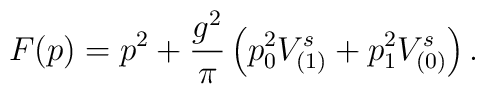
F(p)=p^2+\frac{g^2}{\pi}\left(p_0^2 V^s_{(1)}+p_1^2 V^s_{(0)}\right).